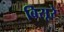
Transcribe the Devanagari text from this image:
बिसूरे